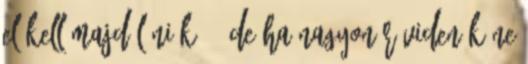
el kell majd lőniük.” “De ha nagyon röviden kéne